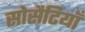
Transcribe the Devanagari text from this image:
सोसैटियाँ